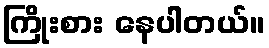
ကြိုးစား နေပါတယ်။